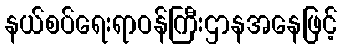
နယ်စပ်ရေးရာဝန်ကြီးဌာနအနေဖြင့်